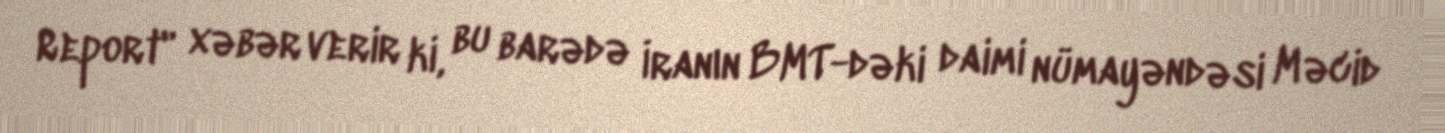
Report" xəbər verir ki, bu barədə İranın BMT-dəki daimi nümayəndəsi Məcid